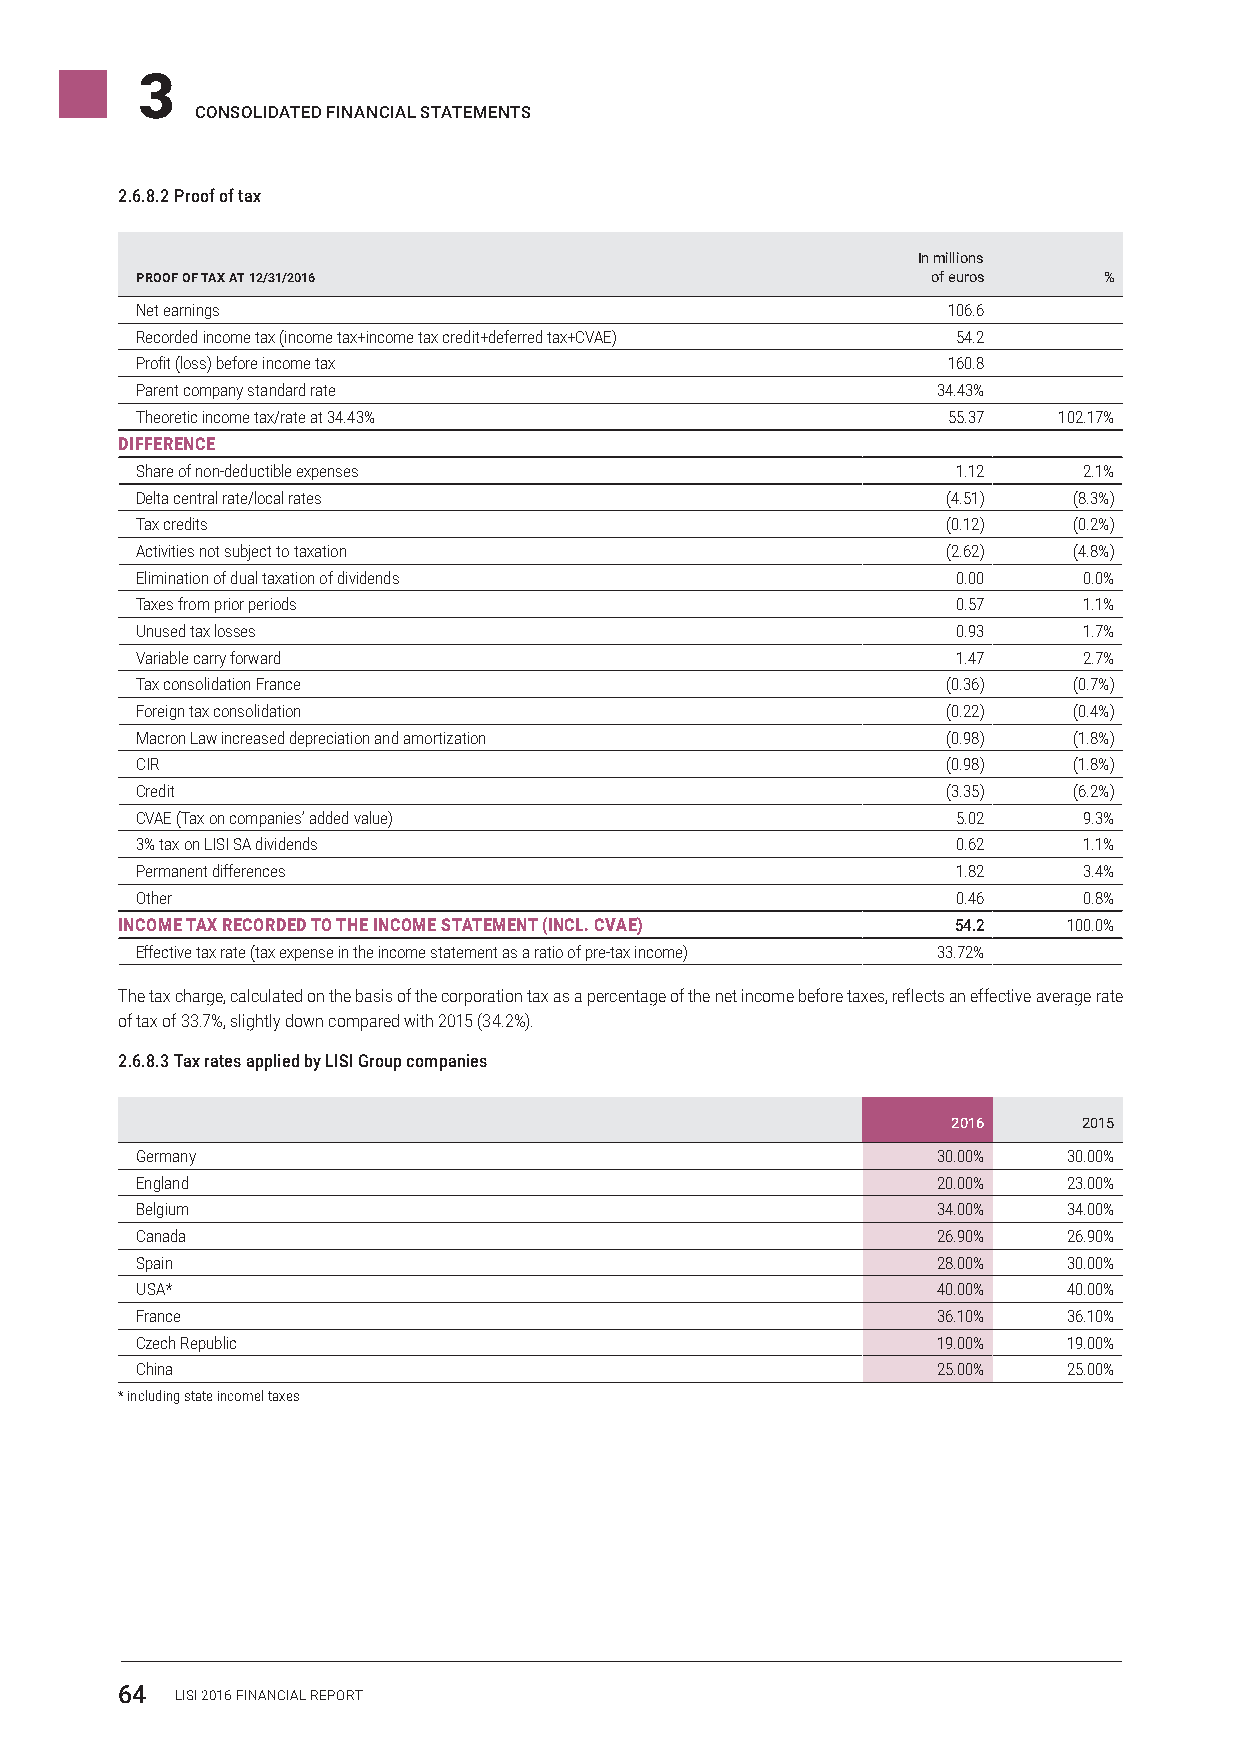
3
 CONSOLIDATED FINANCIAL STATEMENTS
 2.6.8.2 Proof of tax
 In millions
 PROOF OF TAX AT 12/31/2016                           of euros   %
 Net earnings                                          106.6
 Recorded income tax (income tax+income tax credit+deferred tax+CVAE) 54.2
 Profit (loss) before income tax                       160.8
 Parent company standard rate                         34.43%
 Theoretic income tax/rate at 34.43%                   55.37  102.17%
 DIFFERENCE
 Share of non-deductible expenses                      1.12     2.1%
 Delta central rate/local rates                        (4.51)  (8.3%)
 Tax credits                                           (0.12)  (0.2%)
 Activities not subject to taxation                    (2.62)  (4.8%)
 Elimination of dual taxation of dividends             0.00     0.0%
 Taxes from prior periods                              0.57     1.1%
 Unused tax losses                                     0.93     1.7%
 Variable carry forward                                1.47     2.7%
 Tax consolidation France                              (0.36)  (0.7%)
 Foreign tax consolidation                             (0.22)  (0.4%)
 Macron Law increased depreciation and amortization    (0.98)  (1.8%)
 CIR                                                   (0.98)  (1.8%)
 Credit                                                (3.35)  (6.2%)
 CVAE (Tax on companies’ added value)                  5.02     9.3%
 3% tax on LISI SA dividends                           0.62     1.1%
 Permanent differences                                 1.82     3.4%
 Other                                                 0.46     0.8%
 INCOME TAX RECORDED TO THE INCOME STATEMENT (INCL. CVAE) 54.2  100.0%
 Effective tax rate (tax expense in the income statement as a ratio of pre-tax income) 33.72%
 The tax charge, calculated on the basis of the corporation tax as a percentage of the net income before taxes, reflects an effective average rate
 of tax of 33.7%, slightly down compared with 2015 (34.2%).
 2.6.8.3 Tax rates applied by LISI Group companies
 2016     2015
 Germany                                              30.00%   30.00%
 England                                              20.00%   23.00%
 Belgium                                              34.00%   34.00%
 Canada                                               26.90%   26.90%
 Spain                                                28.00%   30.00%
 USA*                                                 40.00%   40.00%
 France                                               36.10%   36.10%
 Czech Republic                                       19.00%   19.00%
 China                                                25.00%   25.00%
 * including state incomel taxes
 64  LISI 2016 FINANCIAL REPORT